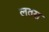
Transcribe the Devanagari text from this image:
लतस